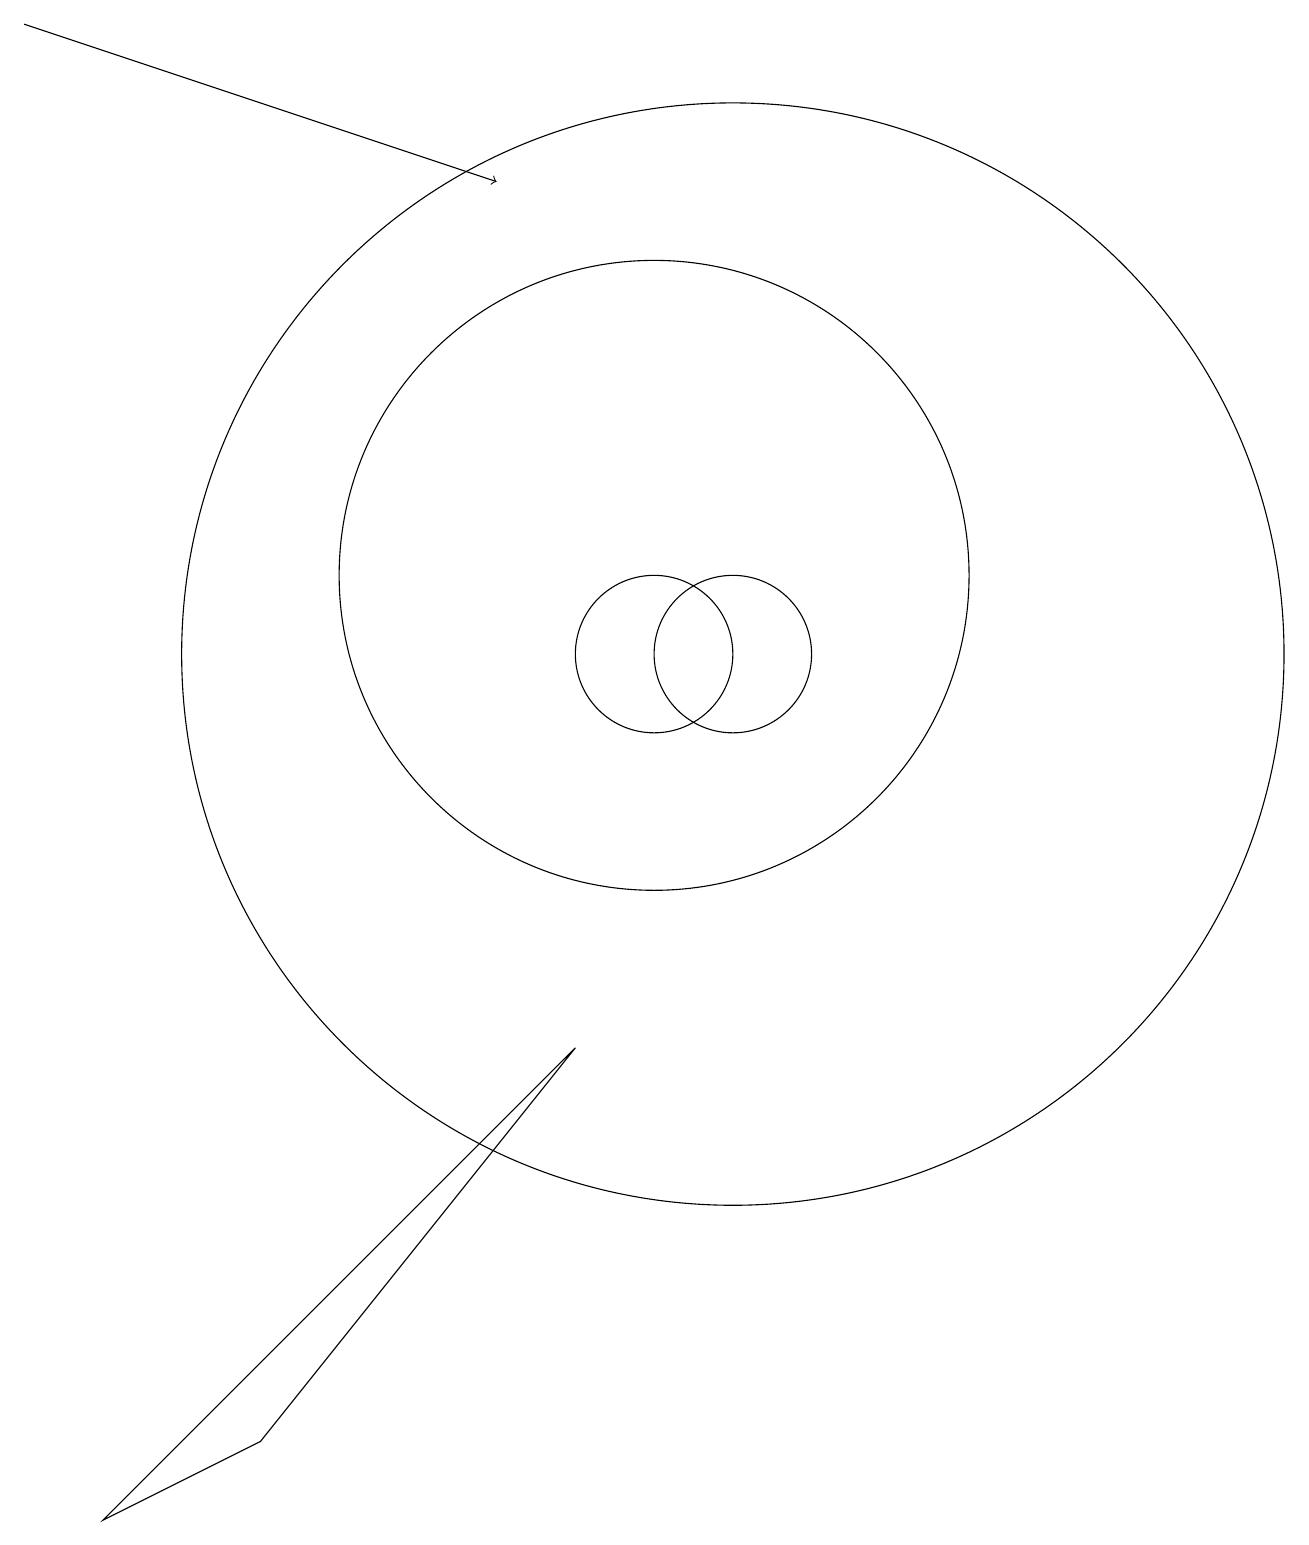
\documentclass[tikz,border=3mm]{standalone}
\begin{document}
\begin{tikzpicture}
\draw (11,11) circle (7);
\draw[->] (2,19) -- (8,17);
\draw (10,11) circle (1);
\draw (11,11) circle (1);
\draw (10,12) circle (4);
\draw (5,1) -- (3,0) -- (9,6) -- cycle;
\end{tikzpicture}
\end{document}